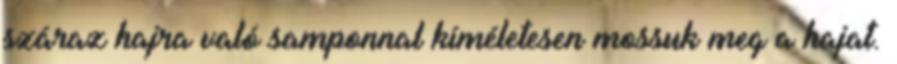
száraz hajra való samponnal kíméletesen mossuk meg a hajat.